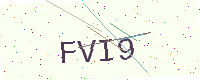
Text: FVI9